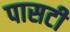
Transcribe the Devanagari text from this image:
पासटी